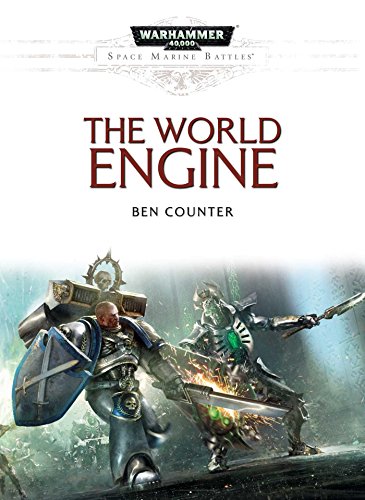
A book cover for The World Engine (Space Marine Battles); Ben Counter; Romance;